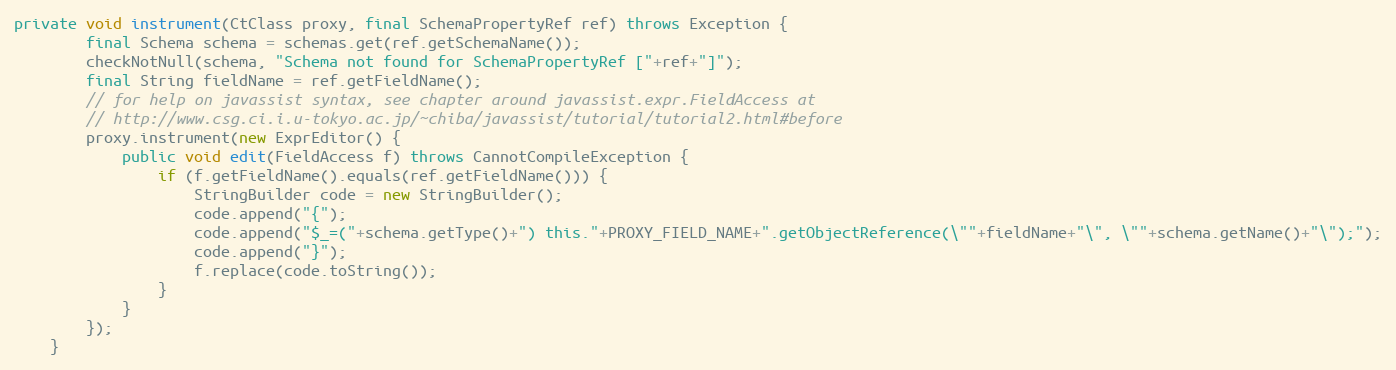
Language: Java
private void instrument(CtClass proxy, final SchemaPropertyRef ref) throws Exception {
        final Schema schema = schemas.get(ref.getSchemaName());
        checkNotNull(schema, "Schema not found for SchemaPropertyRef ["+ref+"]");
        final String fieldName = ref.getFieldName();
        // for help on javassist syntax, see chapter around javassist.expr.FieldAccess at
        // http://www.csg.ci.i.u-tokyo.ac.jp/~chiba/javassist/tutorial/tutorial2.html#before
        proxy.instrument(new ExprEditor() {
            public void edit(FieldAccess f) throws CannotCompileException {
                if (f.getFieldName().equals(ref.getFieldName())) {
                    StringBuilder code = new StringBuilder();
                    code.append("{");
                    code.append("$_=("+schema.getType()+") this."+PROXY_FIELD_NAME+".getObjectReference(\""+fieldName+"\", \""+schema.getName()+"\");");
                    code.append("}");
                    f.replace(code.toString());
                }
            }
        });
    }